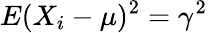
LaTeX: E(X_{i}-\mu)^{2}=\gamma^{2}